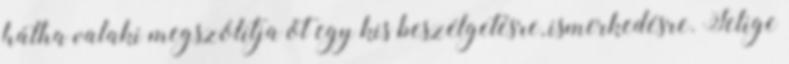
hátha valaki megszólítja őt egy kis beszélgetésre, ismerkedésre. Jelige